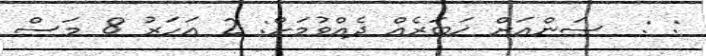
: :  ސަންއަށް ޚަބަރެއް ދެއްވުމަށް: 2 އަހަރު 8 މަސް